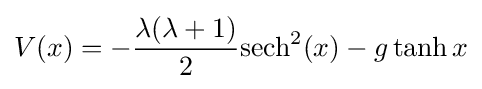
V(x)=-{\frac {\lambda (\lambda +1)}{2}}\mathrm {sech} ^{2}(x)-g\tanh x